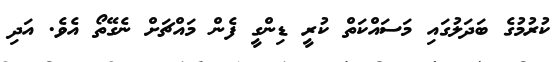
ކުރުމުގެ ބަދަލުގައި މަސައްކަތް ކުރީ ޑިންގީ ފެން މައްޗަށް ނެގޭތޯ އެވެ. އަދި